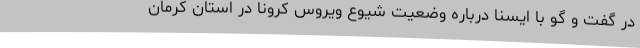
در گفت و گو با ایسنا درباره وضعیت شیوع ویروس کرونا در استان کرمان